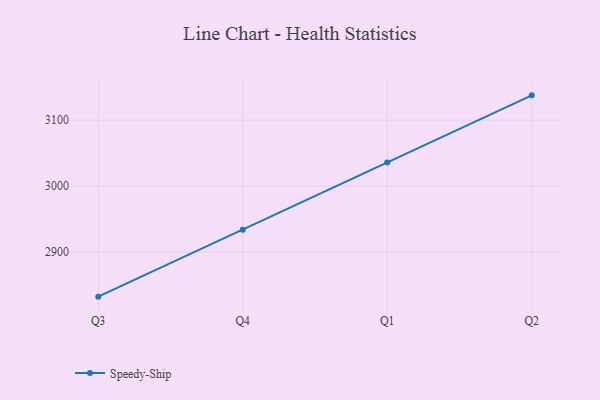
{"axis": {"x": "Quarter", "y": "Satisfaction Score"}, "legend": ["Speedy-Ship"], "data": [{"x": "Q3", "y": 2832.3, "type": "Speedy-Ship"}, {"x": "Q4", "y": 2933.9, "type": "Speedy-Ship"}, {"x": "Q1", "y": 3035.7, "type": "Speedy-Ship"}, {"x": "Q2", "y": 3137.7, "type": "Speedy-Ship"}]}